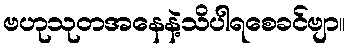
ဗဟုသုတအနေနဲ့သိပါရစေခင်ဗျာ။